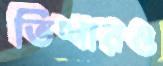
তিশারও